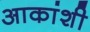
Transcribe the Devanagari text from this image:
आकांशी